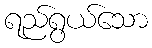
ရည်ရွယ်သော